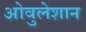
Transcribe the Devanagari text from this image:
ओवुलेशान